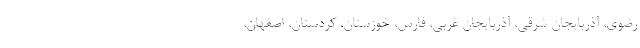
رضوی، آذربایجان شرقی، آذربایجان غربی، فارس، خوزستان، کردستان، اصفهان،